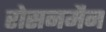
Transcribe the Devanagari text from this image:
रोसनमैन